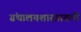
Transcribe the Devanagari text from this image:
ग्रंथालयशास्त्रातली